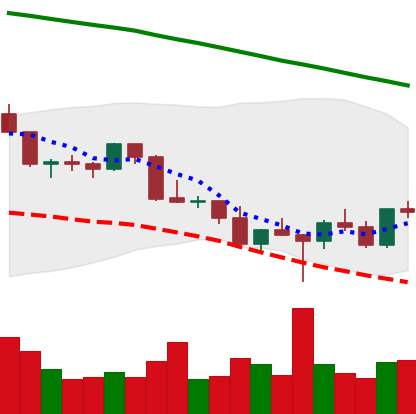
Ticker: LTC-USD
Chart end date: 2022-03-01
Forward return: -9.73%
Label: down_7plus